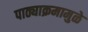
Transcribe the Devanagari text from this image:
पाठ्याक्रमामुळे